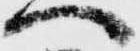
へ